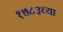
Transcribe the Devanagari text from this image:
१७८३च्या